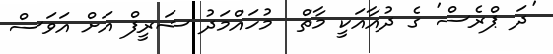
'ދަ ޕްރެސް' ގެ ދުއާއަކީ މާތް  މުހައްމަދު ޝަރީފް އަށް އަވަސް